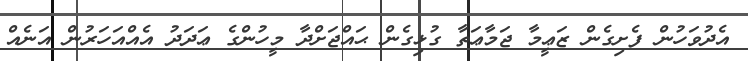
އެދުވަހުން ފެށިގެން ޒަޢީމާ ޖަމާޢަތާ ގުޅިގެން ޙައްޖަށްދާ މީހުންގެ ޢަދަދު އެއްއަހަރުން އަނެއް